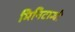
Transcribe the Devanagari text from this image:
मिनिटान्ची